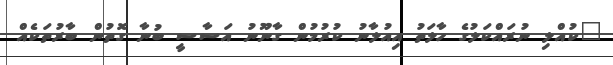
"ކުއްލި ނުރައްކަލުގެ ހާލަތު އިއުލާނު ކުރުމުން ގާނޫނު އަސާސީ ބުނާ ގޮތުން ބާރުތަކެއް